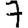
Digit: 7